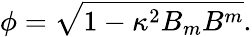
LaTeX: \phi=\sqrt{1-\kappa^{2}B_{m}B^{m}}.